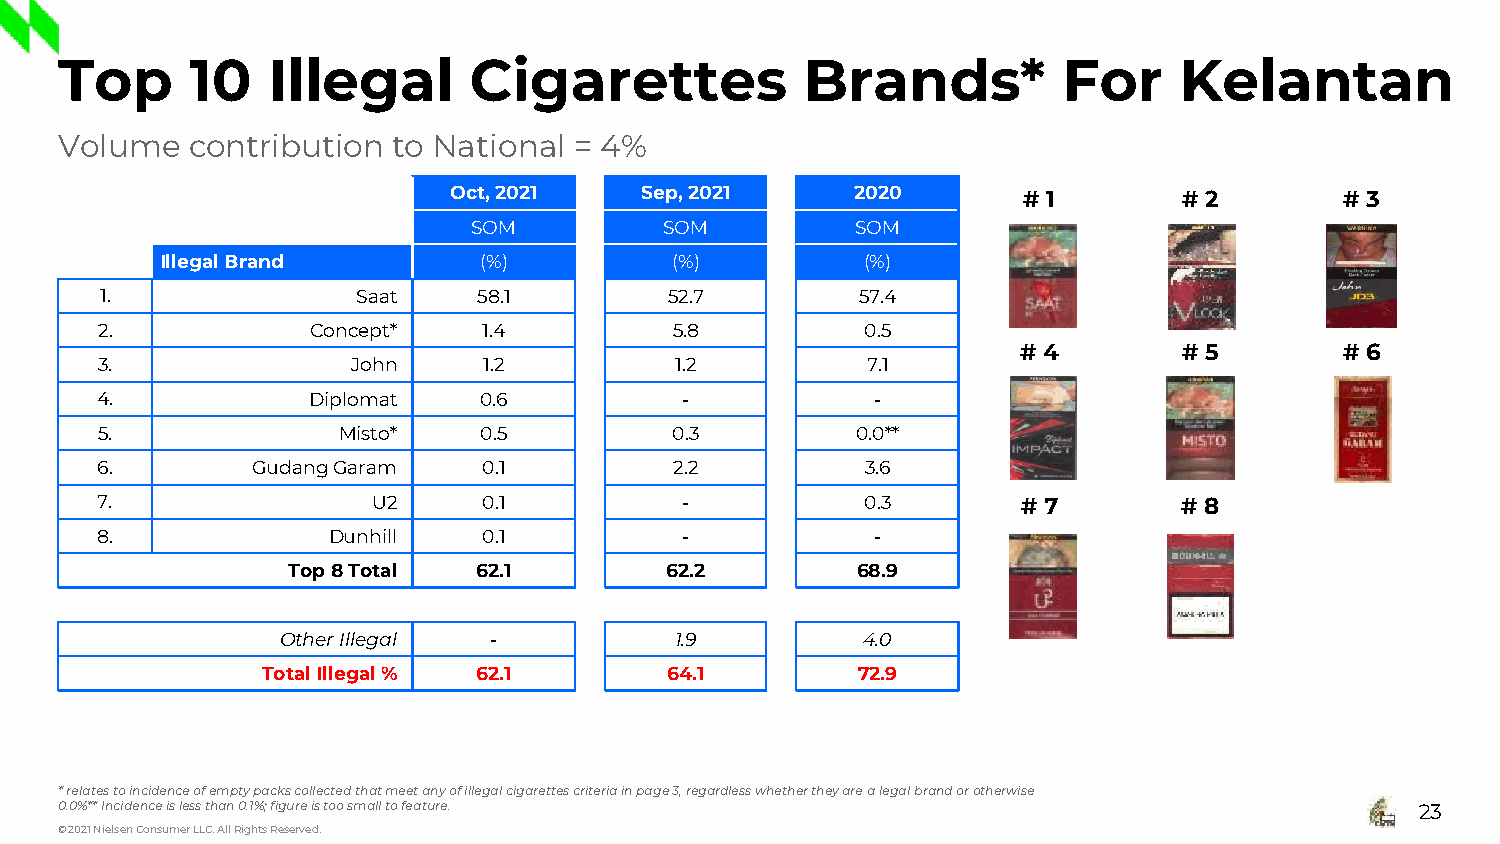
Top      10   Illegal      Cigarettes            Brands*          For     Kelantan
 Volume   contribution to National = 4%
 Oct, 2021   Sep, 2021      2020       # 1       # 2        # 3
 SOM          SOM          SOM
 Illegal Brand        (%)         (%)          (%)
 1.               Saat    58.1        52.7         57.4
 2.             Concept*   1.4          5.8         0.5
 # 4       # 5        # 6
 3.               John     1.2          1.2         7.1
 4.            Diplomat    0.6          -            -
 5.              Misto*    0.5          0.3         0.0**
 6.         GudangGaram    0.1          2.2         3.6
 7.                 U2     0.1          -           0.3        # 7       # 8
 8.              Dunhill   0.1          -            -
 Top 8Total   62.1        62.2         68.9
 Other Illegal -           1.9         4.0
 Total Illegal% 62.1        64.1         72.9
 * relates to incidence of empty packs collected that meet any of illegal cigarettes criteria in page 3, regardless whether they are a legal brand or otherwise
 0.0%** Incidence is less than 0.1%; figure is too small to feature.                       23
 © 2021 Nielsen Consumer LLC. All Rights Reserved.